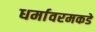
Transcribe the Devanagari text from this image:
धर्मावरमकडे